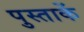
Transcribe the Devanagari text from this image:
पुस्ताकें